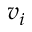
v _ { i }